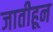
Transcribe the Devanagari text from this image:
जातीहून